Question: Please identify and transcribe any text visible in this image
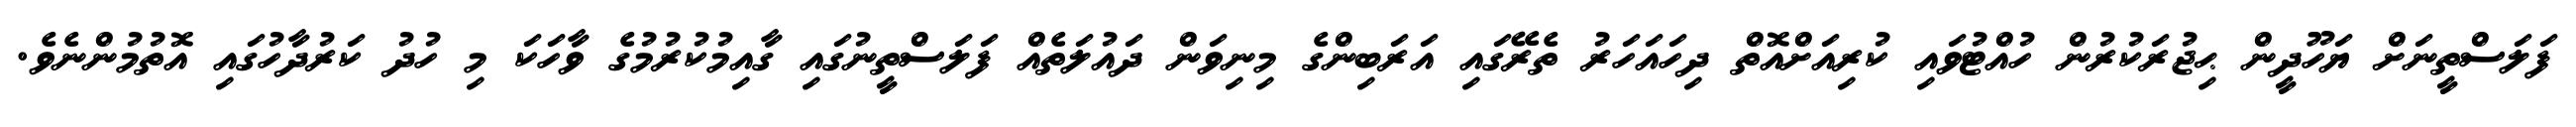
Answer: ފަލަސްތީނަށް ޔަހޫދީން ޙިޖުރަކުރުން ހުއްޓުވައި ކުރިއަށްއޮތް ދިހައަހަރު ތެރޭގައި އަރަބިންގެ މިނިވަން ދައުލަތެއް ފަލަސްތީނުގައި ގާއިމުކުރުމުގެ ވާހަކަ މި ހުދު ކަރުދާހުގައި އޮތުމުންނެވެ.